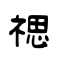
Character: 禗